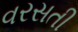
વરસતી